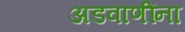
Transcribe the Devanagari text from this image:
अडवाणींना